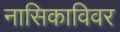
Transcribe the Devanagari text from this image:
नासिकाविवर